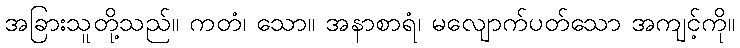
အခြားသူတို့သည်။ ကတံ၊ သော။ အနာစာရံ၊ မလျောက်ပတ်သော အကျင့်ကို။